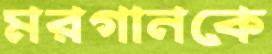
মরগানকে